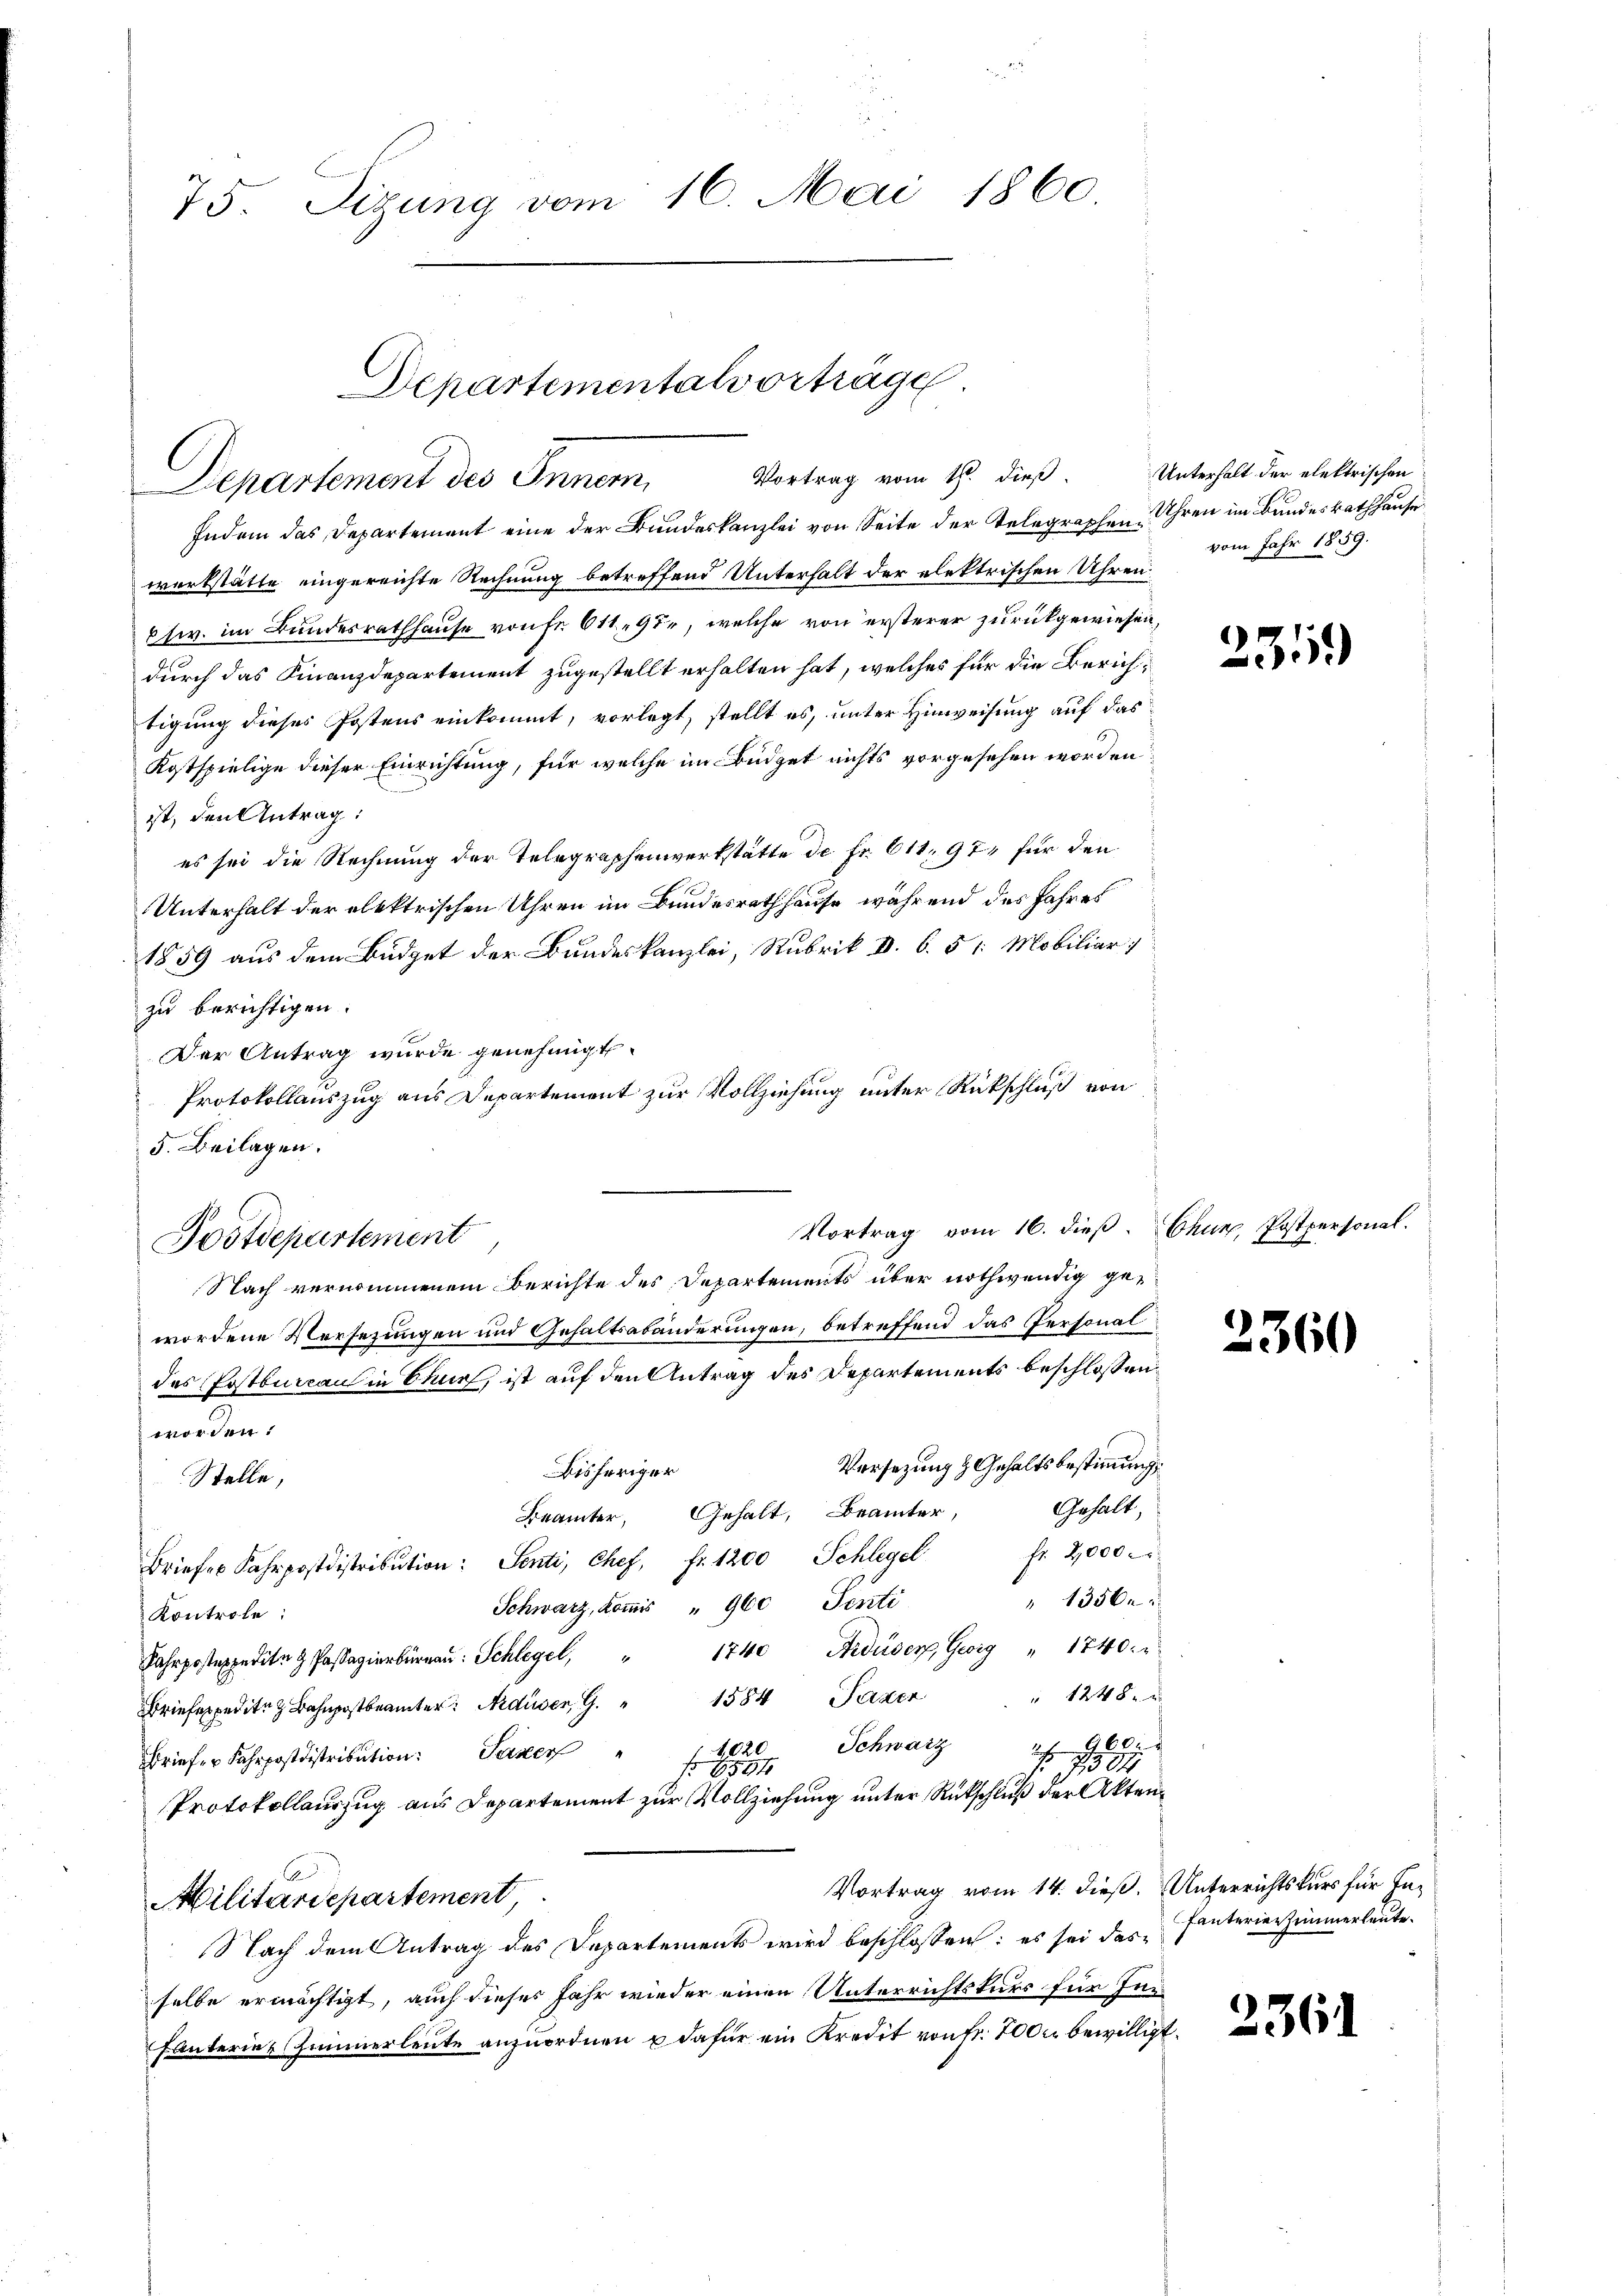
75. Sizung vom 16. Mai 1860

Departementalvorträge
Vortrag vom 16t dieß.
Departement des Inner

Indem das Departement eine der Bundeskanzlei von Seite der Telegraphen. Ihren im Bundesrathhause
werkstätte eingereichte Rechnung betreffend Unterhalt der elektrischen Uhren
etw. im Bundesrathhause von fr. 6119, welche von ersterer zurückgewiesen,
durch das Finanzdepartement zugestellt erhalten hat, welches für die Zürichtigung dieses Postens einkommt, vorlegt, stellt es, unter Hinweisung auf das
Kostspielige dieser Einrichtung, für welche im Büdget nichts vorgesehen worden.
ist, den Antrag:
es sei die Rechnung der Telegraphenwerkstätte de Fr. 611. 97 für den
Unterhalt der elektrischen Uhren im Bundesrathhause während des Jahres
1859 aus dem Budget der Bundeskanzlei, Rubrik d. 6. 51. Mobiliar
zu berichtigen.
Der Antrag wurde genehmigt.
Protokollauszug aus Departement zur Vollziehung unter Rückschluß von
5. Beilagen.
Vortrag vom 16. dieß. Chur, Postpersonal.
Postdepartement
Nach vernommenem Berichte des Departements über nothwendig gewordene Versezungen und Gehaltsabänderungen, betreffend das Personaldes Postbureau in Churf, ist auf den Antrag des Departements beschlossen:
worden:
Versezung & Gehaltsbestimmung.
Bisheriger
Stelle,
Gehalt,
Beämter, Gehalt, Beamter,
Briefes Fahrpostdistribution: Senti, chef, fr. 1200 Schlegel fr. 2,000.
1356.
Schwarz, Koṁis " 960 Senti
Kontrole:
1740 Fiduser, Geig " 1740.
Jahrposteppedite & Passagierburgau: Schlegel,
" 1248.
1584 Pader
Briefespedite Bahnpostbeamter: Arduser, G
Schwarz
27 160.
1020
Briefer Fahrpostdistribution Seiner
787
f 6554
Protokollauszug aus Departement zur Vollziehung unter Rückschluß der Akten¬
Vortrag vom 14. dieß. Unterrichtskurs für In¬
Militärdepartement,
Nach dem Antrag des Departements wird beschlossen: es sei dasselbe ermächtigt, auch dieses Jahr wieder einen Unterrichtskurs für In¬
Fanterie Zimmerleute anzuordnen u dafür ein Kredit von Fr. 7000 bewilligt.

Unterhalt der elektrischen
vom Jahr 1859.

2359)

2360

fanterier Zimmerleute.

2361